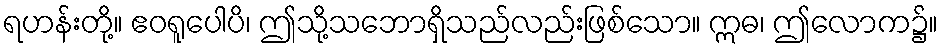
ရဟန်းတို့။ ဧဝရူပေါပိ၊ ဤသို့သဘောရှိသည်လည်းဖြစ်သော။ ဣဓ၊ ဤလောက၌။